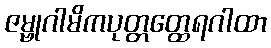
ဇမ္ဗုဂါမိကပုတ္တတ္ထေရဂါထာ